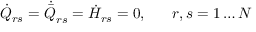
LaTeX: \dot { Q } _ { r s } = \dot { \bar { Q } } _ { r s } = \dot { H } _ { r s } = 0 , \; \; \; \; \; \; r , s = 1 \ldots N